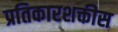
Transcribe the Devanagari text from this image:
प्रतिकारशक्तीस